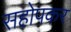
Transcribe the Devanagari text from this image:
सहोपकर